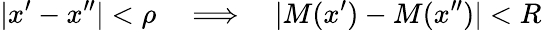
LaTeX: |x^{\prime}-x^{\prime\prime}|<\rho\quad\Longrightarrow\quad|M(x^{\prime})-M(x^{\prime\prime})|<R